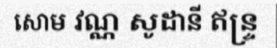
សោម វណ្ណ សូដានី ឥន្ទ្រ